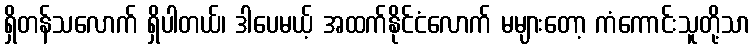
ရှိတန်သလောက် ရှိပါတယ်၊ ဒါပေမယ့် အထက်နိုင်ငံလောက် မများတော့ ကံကောင်းသူတို့သာ